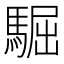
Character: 𩤓